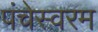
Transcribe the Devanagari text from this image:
पंचेस्वरम